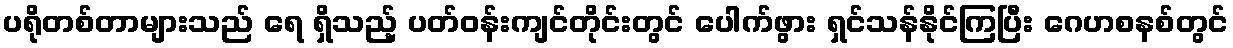
ပရိုတစ်တာများသည် ရေ ရှိသည့် ပတ်ဝန်းကျင်တိုင်းတွင် ပေါက်ဖွား ရှင်သန်နိုင်ကြပြီး ဂေဟစနစ်တွင်